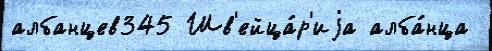
албанцев345 Шв'ейца́р'иjа алба́нца